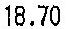
18.70